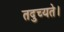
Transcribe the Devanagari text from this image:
तदुच्यते।